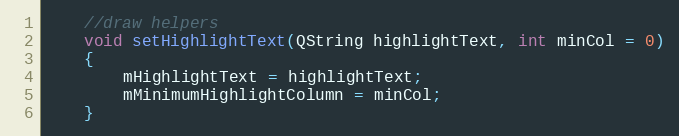
Language: C
    //draw helpers
    void setHighlightText(QString highlightText, int minCol = 0)
    {
        mHighlightText = highlightText;
        mMinimumHighlightColumn = minCol;
    }